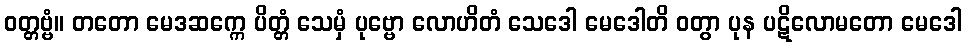
ဝတ္တဗ္ဗံ။ တတော မေဒဆက္ကေ ပိတ္တံ သေမှံ ပုဗ္ဗော လောဟိတံ သေဒေါ မေဒေါတိ ဝတွာ ပုန ပဋိလောမတော မေဒေါ